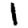
Digit: 1